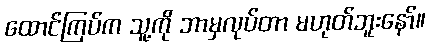
ထောင်ကြပ်က သူ့ကို ဘာမှလုပ်တာ မဟုတ်ဘူးနော်။